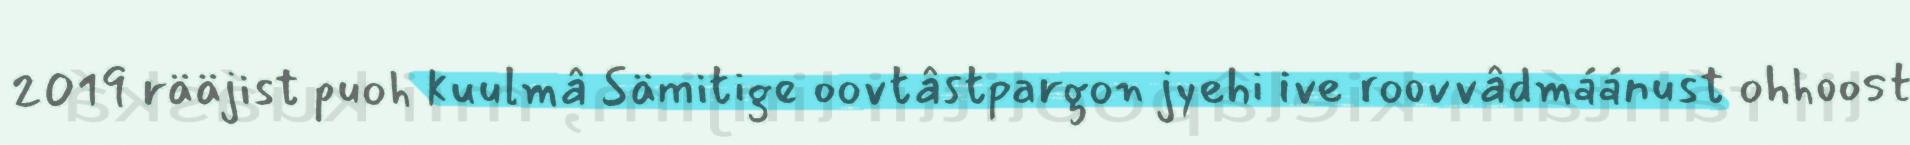
2019 rääjist puoh kuulmâ Sämitige oovtâstpargon jyehi ive roovvâdmáánust ohhoost